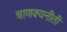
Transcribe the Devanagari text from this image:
चाणक्यनीती